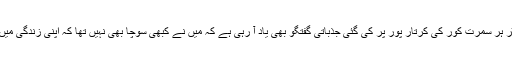
مجھے یہاں بھارت کی یونین منسٹر ہر سمرت کور کی کرتار پور پر کی گئی جذباتی گفتگو بھی یاد آ رہی ہے کہ میں نے کبھی سوچا بھی نہیں تھا کہ اپنی زندگی میں ،میں کبھی کرتار پور آ پاؤں گی ۔